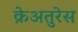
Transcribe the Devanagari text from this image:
क्रेअतुरेस